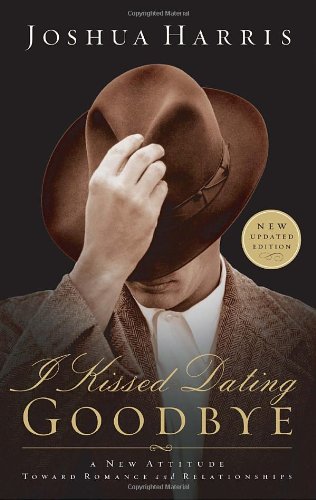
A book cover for I Kissed Dating Goodbye; Joshua Harris; Self-Help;